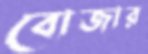
বোজার